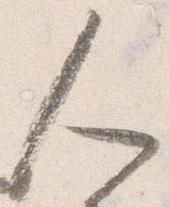
人